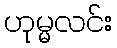
ဟုမ္မလင်း